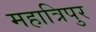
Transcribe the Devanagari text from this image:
महात्रिपुर